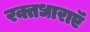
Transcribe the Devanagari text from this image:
रक्तधाराऍं